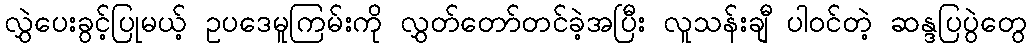
လွှဲပေးခွင့်ပြုမယ့် ဥပဒေမူကြမ်းကို လွှတ်တော်တင်ခဲ့အပြီး လူသန်းချီ ပါဝင်တဲ့ ဆန္ဒပြပွဲတွေ